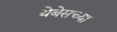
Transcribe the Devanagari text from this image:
थेबेसच्या